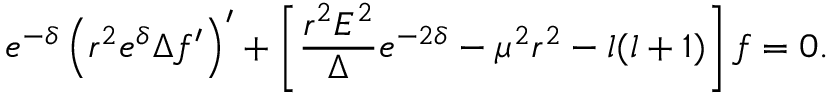
e ^ { - \delta } \left( r ^ { 2 } e ^ { \delta } \Delta f ^ { \prime } \right) ^ { \prime } + \left[ \frac { r ^ { 2 } E ^ { 2 } } { \Delta } e ^ { - 2 \delta } - \mu ^ { 2 } r ^ { 2 } - l ( l + 1 ) \right] f = 0 .